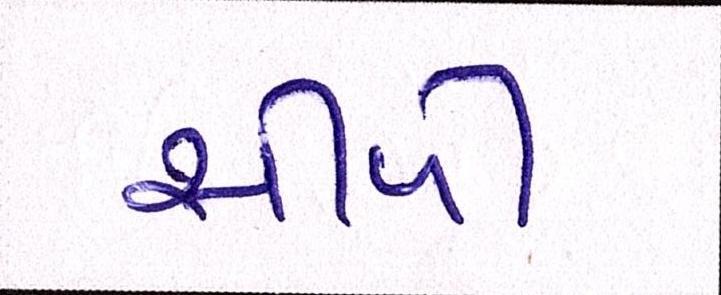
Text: સીપી